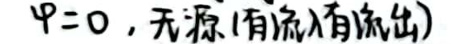
\(\varphi = 0\)，无源(有流入有流出)